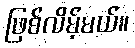
ဖြစ်လိမ့်မယ်။